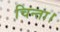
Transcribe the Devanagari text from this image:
चिन्ता।